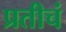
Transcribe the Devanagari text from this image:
प्रतीचं